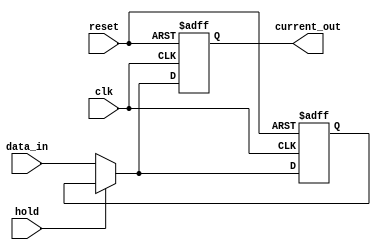
module hold_condition (
    input wire clk,               // Clock signal
    input wire reset,             // Reset signal
    input wire hold,              // Control signal to hold the current state
    input wire [7:0] data_in,     // Data input (8-bit for example)
    output reg [7:0] current_out   // Current state output
);

    // Internal state variable to hold the current output value
    reg [7:0] state;

    // Always block triggered on the rising edge of the clock or reset
    always @(posedge clk or posedge reset) begin
        if (reset) begin
            // Reset the current output to a known state (e.g., 0)
            current_out <= 8'b0;
            state <= 8'b0;
        end else if (hold) begin
            // Hold the current output value
            current_out <= state;
        end else begin
            // Update the state with new data input when hold is not active
            state <= data_in;
            current_out <= data_in;
        end
    end

endmodule